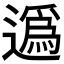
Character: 𨖿